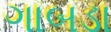
ગાબડા